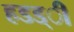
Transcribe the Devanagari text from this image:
हडड्ी